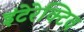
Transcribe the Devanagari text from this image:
इंटेरेक्टिव